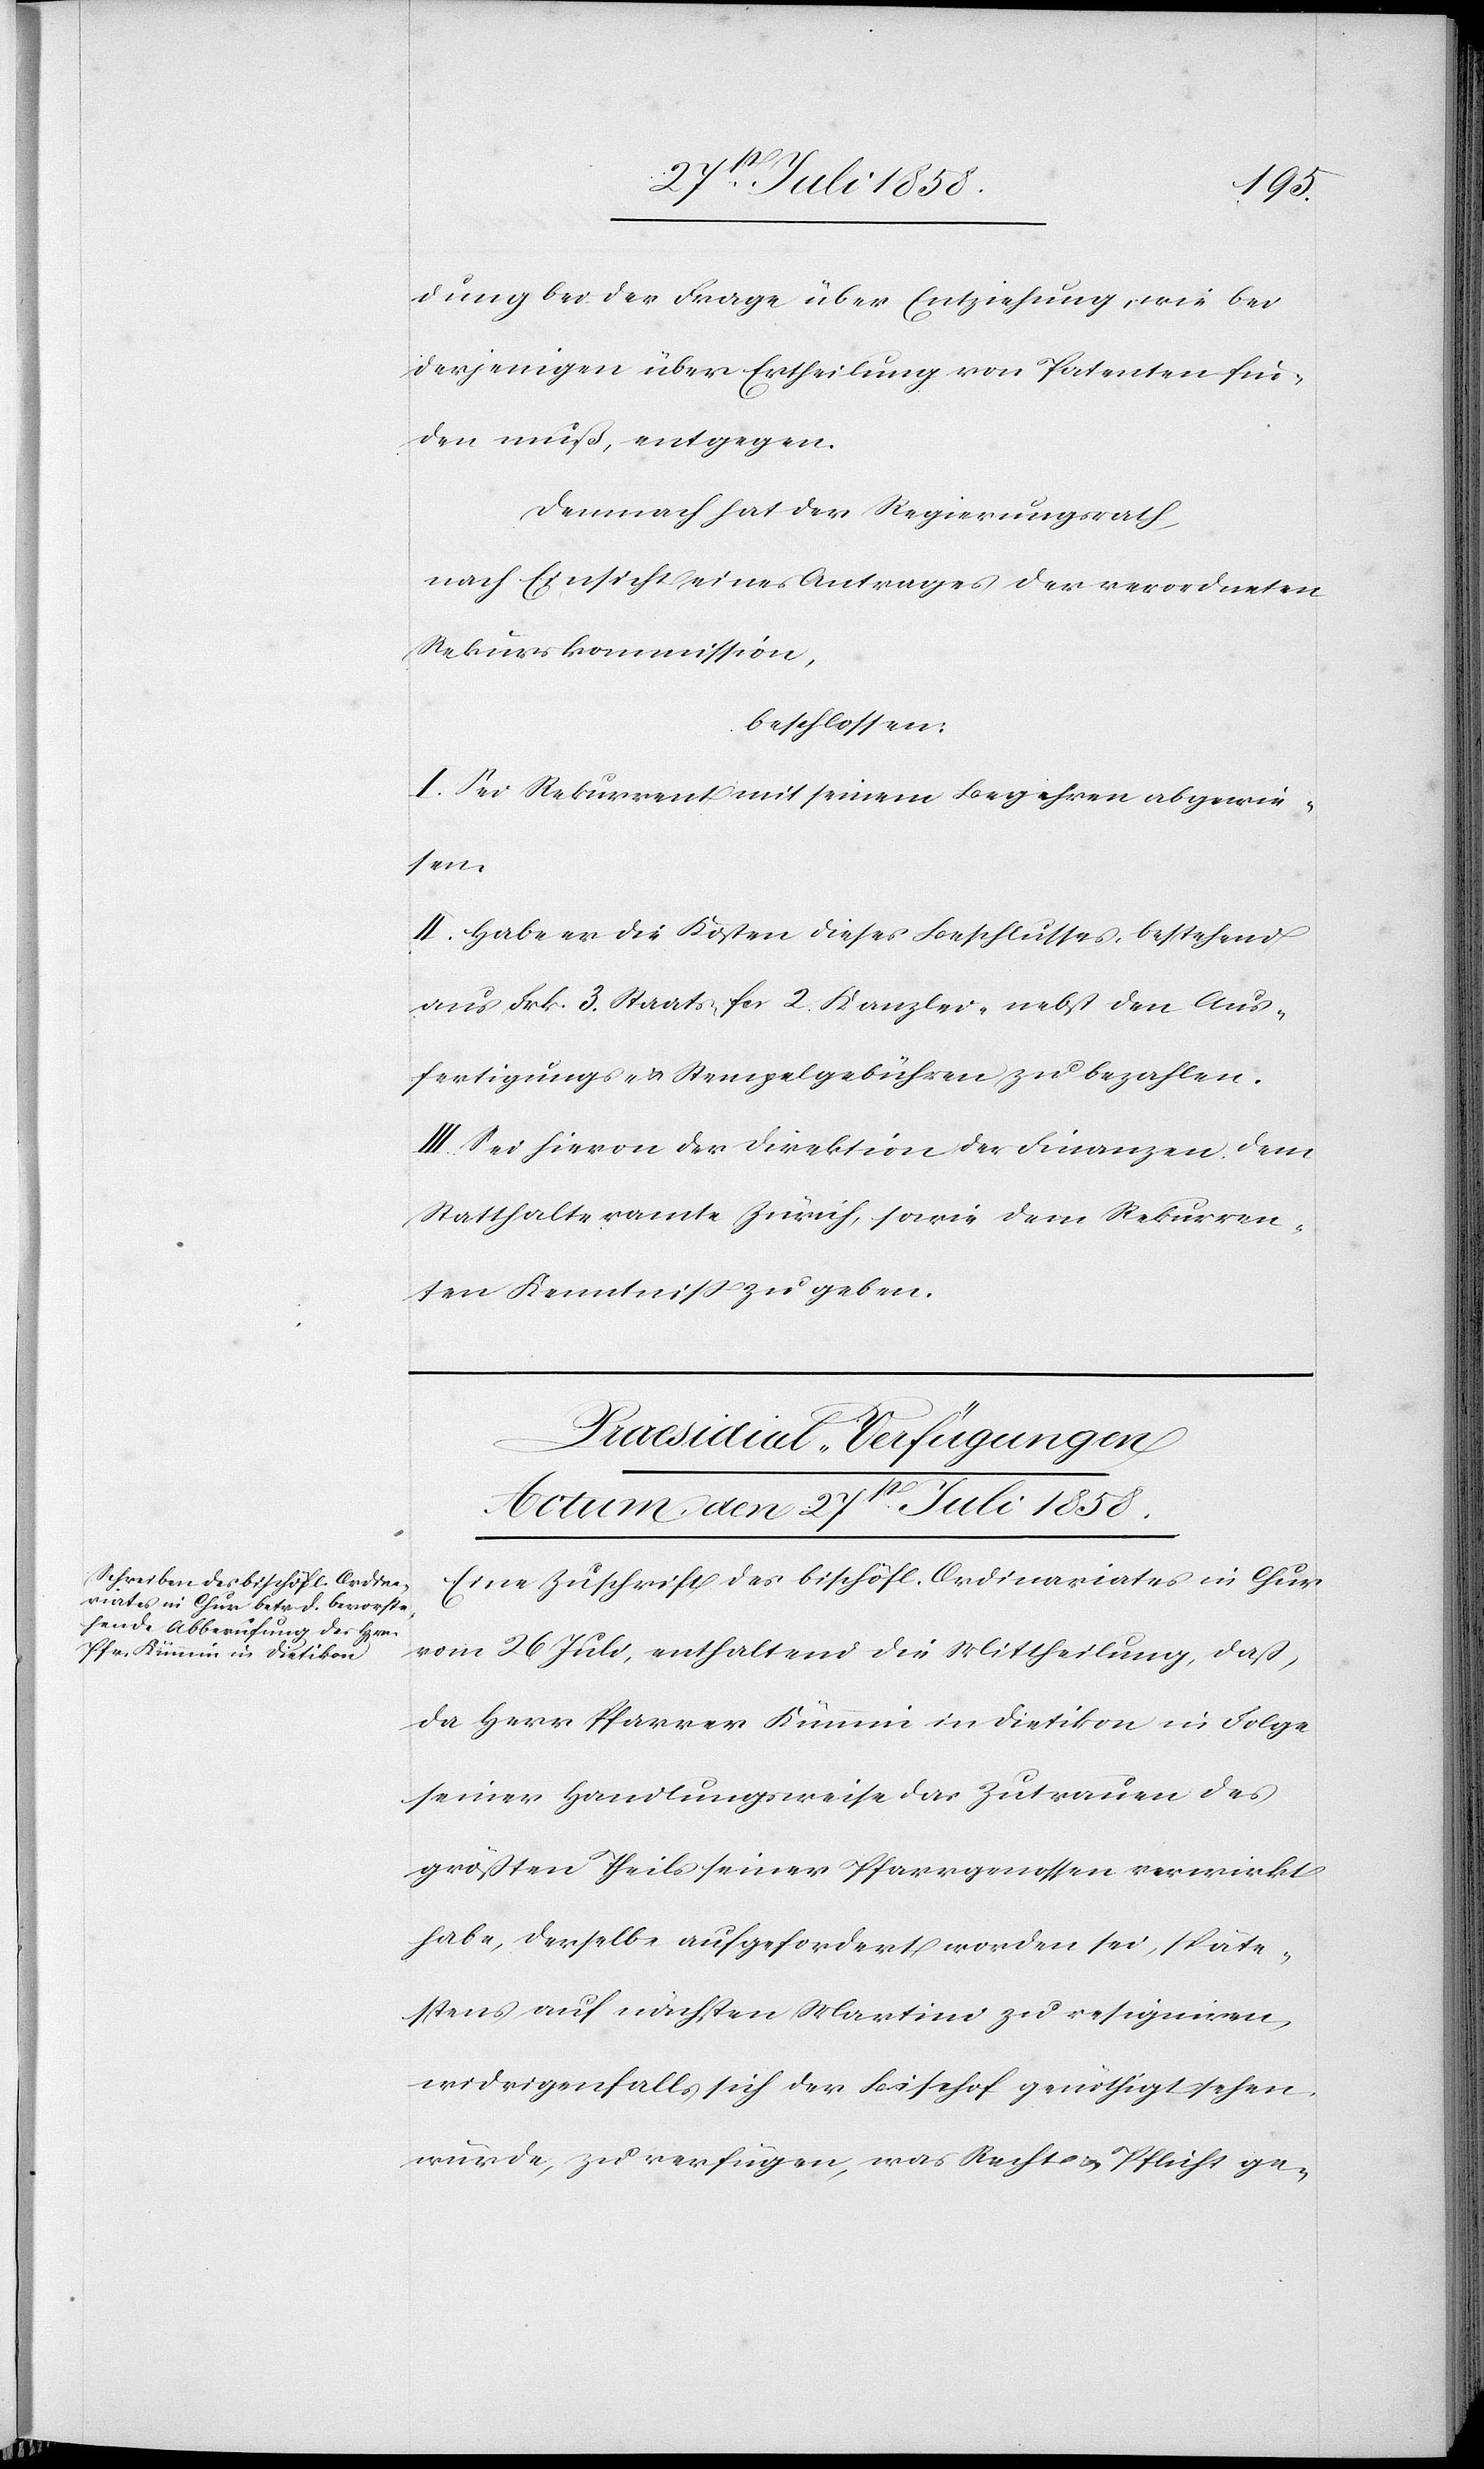
dung bei der Frage über Entziehung, wie bei
derjenigen über Ertheilung von Patenten fin¬
den muß, entgegen.
Demnach hat der Regierungsrath,
nach Einsicht eines Antrages der verordneten
Rekurskommission,
beschlossen:
I. Sei Rekurrent mit seinem Begehren abgewie¬
sen.
II. Habe er die Kosten dieses Beschlusses, bestehend
aus Frk. 3 Staats-[,] fcs. 2. Kanzlei-[,] nebst den Aus¬
fertigungs- & Stempelgebühren zu bezahlen.
III. Sei hievon der Direktion der Finanzen[,] dem
Statthalteramte Zürich, sowie dem Rekurren¬
ten Kenntniss zu geben.
Praesidial-Verfügungen
Actum den 27st Juli 1858.
Eine Zuschrift des bischöfl. Ordinariates in Chur
vom 26 Juli, enthaltend die Mittheilung, daß,
da Herr Pfarrer Kümmin in Dietikon in Folge
seiner Handlungsweise das Zutrauen des
größten Theils seiner Pfarrgenossen verwirkt
habe, derselbe aufgefordert worden sei, späte¬
stens auf nächsten Martini zu resigniren,
widrigenfalls sich der Bischof genöthigt sehen
würde, zu verfügen, was Recht & Pflicht ge-